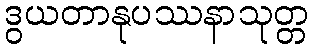
ဒွယတာနုပဿနာသုတ္တ